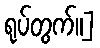
ရုပ်တွက်။]